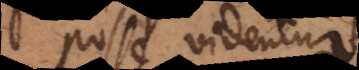
posse videntur,